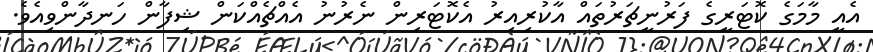
އެއީ މާމަގެ ކޮޓަރީގެ ފަރުނީޗަރުތައް އާކުރިއިރު އެކޮޓަރިން ނެރުނު އެއްޗެއްކަން ޝިފާން ހަނދާންވިއެވެ.